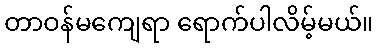
တာဝန်မကျေရာ ရောက်ပါလိမ့်မယ်။